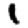
Digit: 1